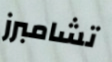
تشامبرز